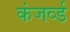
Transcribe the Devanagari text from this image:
कंजर्व्ड